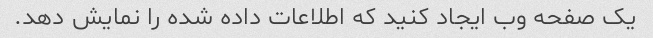
یک صفحه وب ایجاد کنید که اطلاعات داده شده را نمایش دهد.